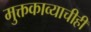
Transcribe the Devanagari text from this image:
मुक्तकाव्याचीही